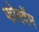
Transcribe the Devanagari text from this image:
फोरदॅम